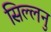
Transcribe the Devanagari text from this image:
सिल्लनु